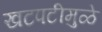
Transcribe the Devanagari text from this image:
खटपटीमुळे